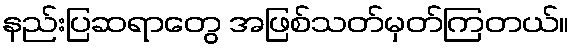
နည်းပြဆရာတွေ အဖြစ်သတ်မှတ်ကြတယ်။